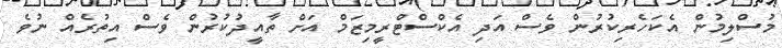
މުސްލިމުން އެކަހެރިކުރުން ވެސް އަދި އެކްސްޓްރީމިޒަމް އަށް ތާއީދުކުރުން ވެސް އިތުރެއް ނުވެ